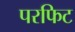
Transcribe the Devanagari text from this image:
परफिट